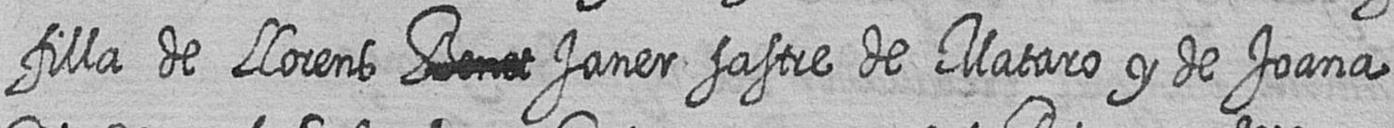
filla de Llorens # Janer sastre de Mataro y de Joana